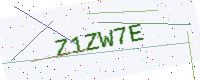
Text: Z1ZW7E